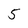
Character: 5